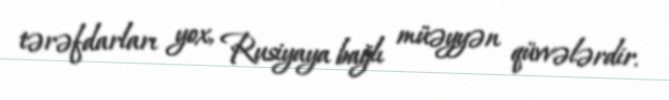
tərəfdarları yox, Rusiyaya bağlı müəyyən qüvvələrdir.